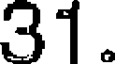
31.